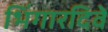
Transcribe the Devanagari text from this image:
भिंगारदिवे